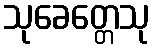
သုခေတ္တေသု